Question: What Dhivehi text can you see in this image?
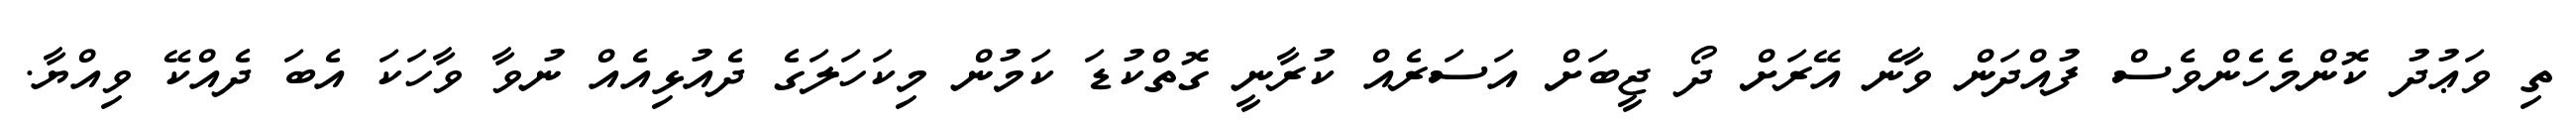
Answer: ތި ވަޢުދު ކޮންމެހެންވެސް ފުއްދަން ވާނެ އޭރަށް ދޯ ޖީބަށް އަސަރެއް ކުރާނީ ގޮތްކުޑަ ކަމުން މިކަހަލަގެ ދެއުޅިއެއް ނުވާ ވާހަކަ އެބަ ދެއްކޭ ވިއްޔާ.